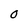
Character: 0